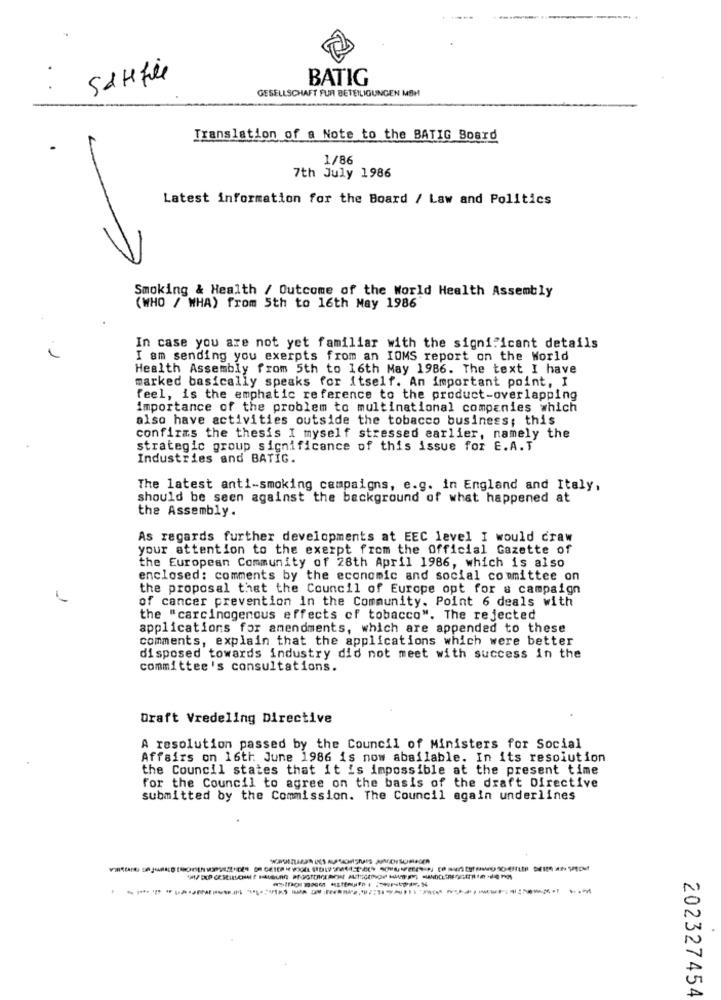
SCHfile
BATIG
GESELLSCHAFT FUR BETEILIGUNGEN MBH
Translation of a Note to the BATIG Board
1/86
7th July 1986
Latest information for the Board / Law and Politics
Smoking & Health / Outcome of the World Health Assembly
(WHO / WHA) from 5th to 16th May 1986
In case you are not yet familiar with the significant details
I am sending you exerpts from an IOMS report on the World
Health Assembly from 5th to 16th May 1986. The text I have
marked basically speaks for itself. An important point, I
feel, is the emphatic reference to the product-overlapping
importance of the problem to multinational companies which
also have activities outside the tobacco business; this
confirms the thesis I myself stressed earlier, namely the
strategic group significance of this issue for E.A.T
Industries and BATIG.
The latest anti-smoking campaigns, e.g. in England and Italy,
should be seen against the background of what happened at
the Assembly.
As regards further developments at EEC level I would craw
your attention to the exerpt from the Official Gazette of
the European Community of 28th April 1986, which is also
enclosed: comments by the economic and social committee on
the proposal that the Council of Europe opt for a campaign
of cancer prevention in the Community. Point 6 deals with
the "carcinogenous effects of tobacco". The rejected
applications for amendments, which are appended to these
comments, explain that the applications which were better
disposed towards industry did not meet with success in the
committee's consultations.
Draft Vredeling Directive
A resolution passed by the Council of Ministers for Social
Affairs on 16th June 1986 is now abailable. In its resolution
the Council states that it is impossible at the present time
for the Council to agree on the basis of the draft Directive
submitted by the Commission. The Council again underlines
202327454